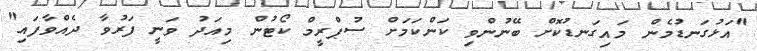
"އަޅުގަނޑުމެން މައިގަނޑުކޮށް ބޭނުންވި ކަންކަމަށް ސުޕްރީމް ކޯޓުން މިއަދު ވަނީ ފަރުވާ ދެއްވާފައި"